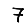
Digit: 7